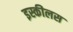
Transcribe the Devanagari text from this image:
इस्कीलस